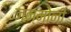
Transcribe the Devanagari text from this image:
जन्मोनी